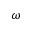
\omega